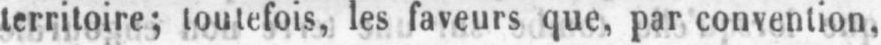
territoire; toutefois, les faveurs que, par convention,